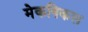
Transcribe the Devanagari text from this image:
मेकनिकल